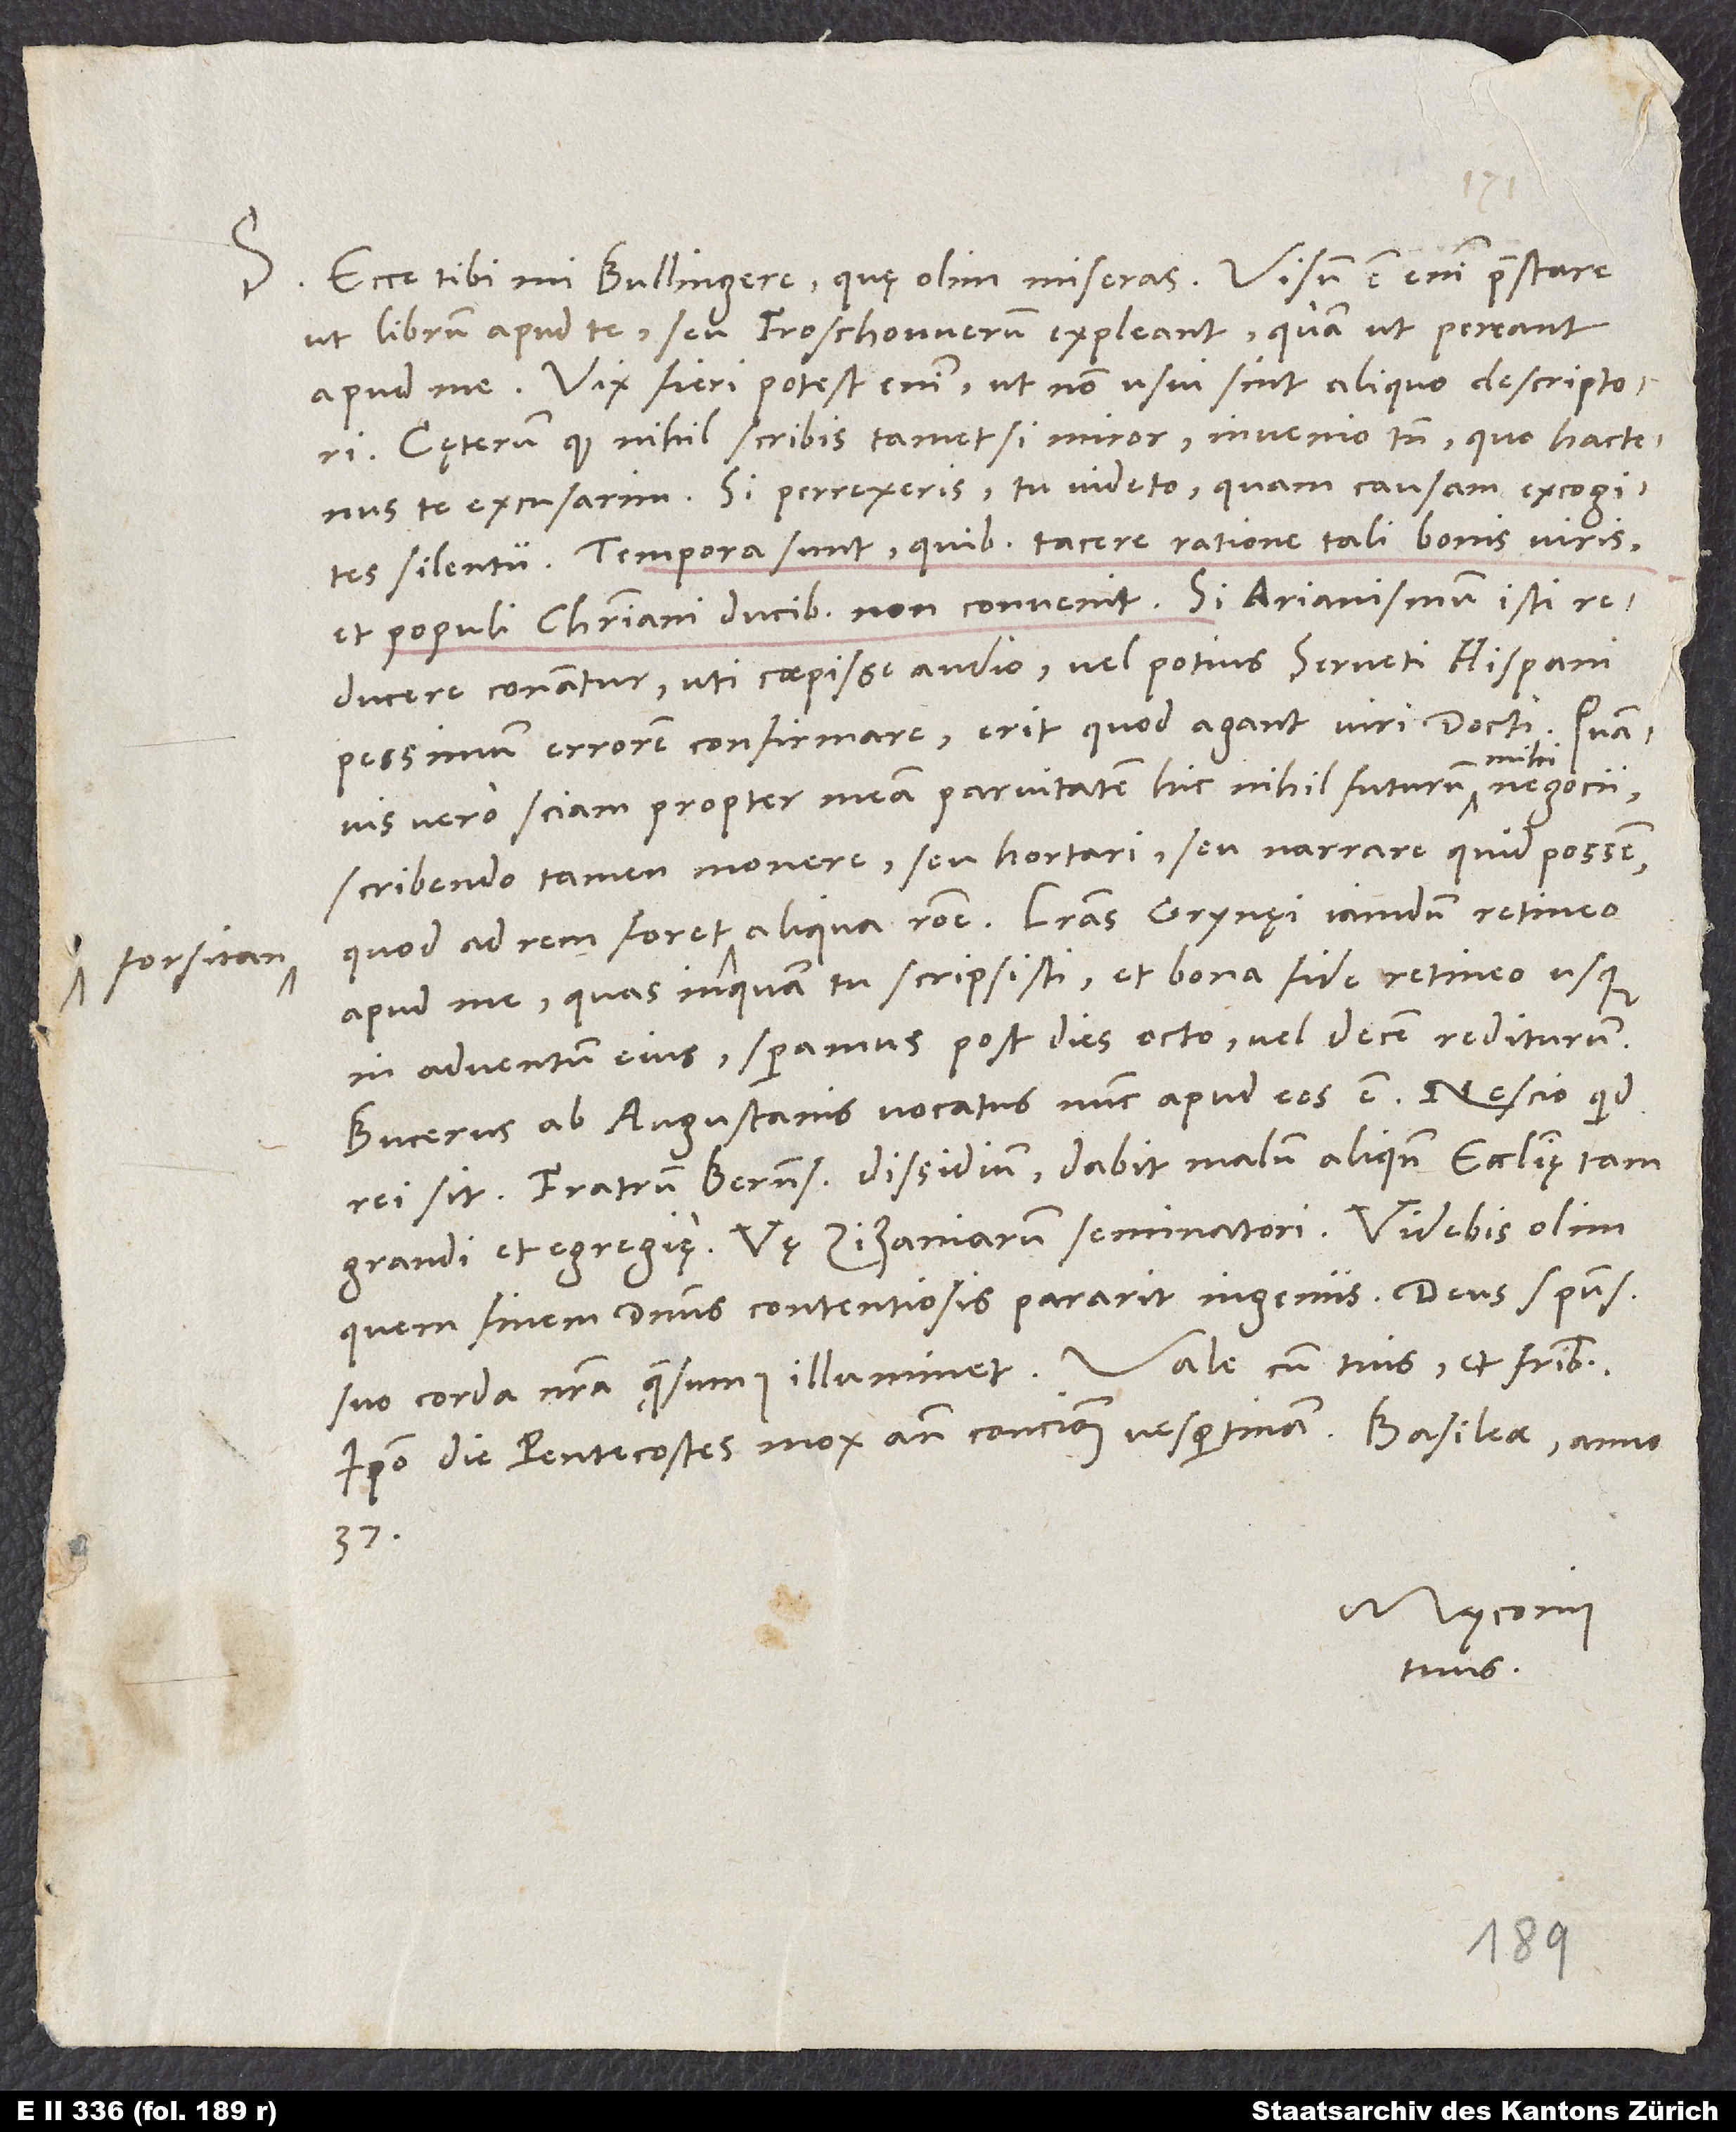
forsitan

Ecce tibi, mi Bullingere, quae olim miseras. Visum est enim praestare,
ut librum apud te seu Froschouuerum expleant, quam ut pereant
apud me. Vix fieri potest enim, ut non usui sint aliquo descriptori.
Cęterum, quod nihil scribis, tametsi miror, invenio tamen, quo hactenus
te excusarim. Si perrexeris, tu videto, quam causam excogites
silentii. Tempora sunt, quibus tacere ratione tali bonis viris
et populi christiani ducibus non convenit. Si Arianismum isti
reducere conantur, uti coepisse audio,, vel potius Serveti Hispani
pessimum errorem confirmare, erit, quod agant viri docti. Quamvis
vero sciam propter meam parvitatem hic nihil futurum mihi negocii,
scribendo tamen monere seu hortari seu narrare quid possem,
apud me, quas, inquam, tu scripsisti, et bona fide retineo usque
in adventum eius; speramus post dies octo vel decem rediturum.
Bucerus ab Augustanis vocatus nunc apud eos est. Nescio, quid
Fratrum Bernensium dissidium dabit malum aliquando ecclesię tam
grandi et egregiae. Vae zizaniarum seminatori! Videbis olim,
quem finem dominus contentiosis parant ingeniis. Deus spiritu
Ipso die pentecostes mox ante concionem vespertinam, Basileae anno
37.
Myconius
tuus.